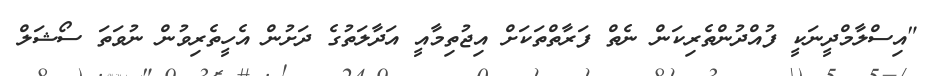
"އިސްލާމްދީނަކީ ފުއްދުންތެރިކަން ނެތް ފަރާތްތަކަށް އިޖުތިމާއީ އަދާލަތުގެ ދަށުން އެހީތެރިވުން ނުވަތަ ސޯޝަލް